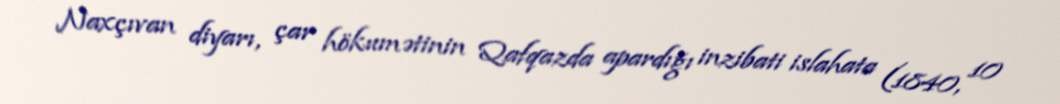
Naxçıvan diyarı, çar hökumətinin Qafqazda apardığı inzibati islahata (1840, 10